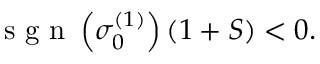
\textrm { s g n } \left( \sigma _ { 0 } ^ { ( 1 ) } \right) ( 1 + S ) < 0 .